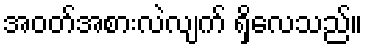
အဝတ်အစားလဲလျက် ရှိလေသည်။